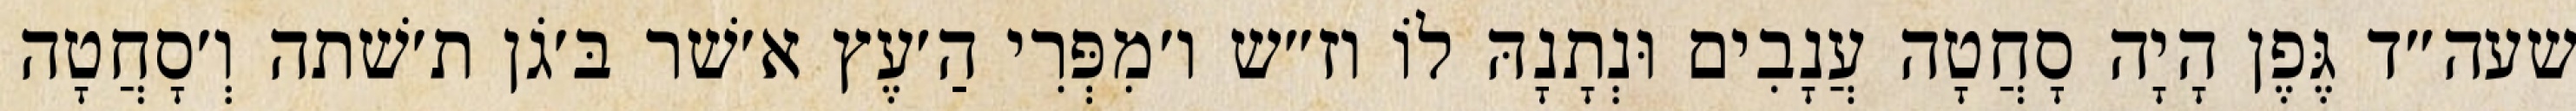
שעה״ד גֶּפֶן הָיָה סָחֲטָה עֲנָבִים וּנְתָנָהּ לוֹ וז״ש ו׳מִפְּרִי הַ׳עֶץ א׳שׁר בּ׳גֹן ת׳שׁתה וְ׳סָחֲטָה